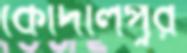
কোদালপুর